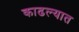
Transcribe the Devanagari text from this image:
काढल्यात